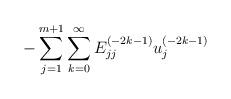
LaTeX: \begin{align*}{-\sum_{j=1}^{m+1} \sum_{k=0}^{\infty} E^{(-2k-1)}_{jj}u^{(-2k-1)}_j}\end{align*}